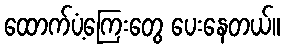
ထောက်ပံ့ကြေးတွေ ပေးနေတယ်။